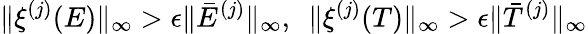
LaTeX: \| \xi^{(j)}(E)\| _{\infty}>\epsilon\| \bar{E}^{(j)}\| _{\infty},\ \ \| \xi^{(j)}(T)\| _{\infty}>\epsilon\| \bar{T}^{(j)}\| _{\infty}